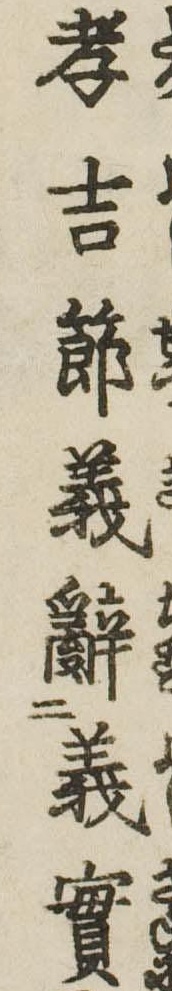
孝吉節義辞義実